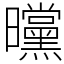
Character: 曭